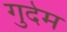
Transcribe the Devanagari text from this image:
गुदेम